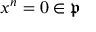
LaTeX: x ^ { n } = 0 \in { \mathfrak { p } }